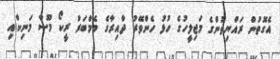
އެގޮތުން ރައްޔިތުންގެ މަޖިލީހުގެ ހުޅު ހެންވޭރު ދާއިރާގެ މެމްބަރު ރީކޯ މޫސާ މަނިކާއި